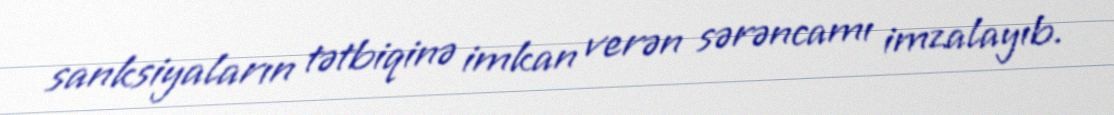
sanksiyaların tətbiqinə imkan verən sərəncamı imzalayıb.